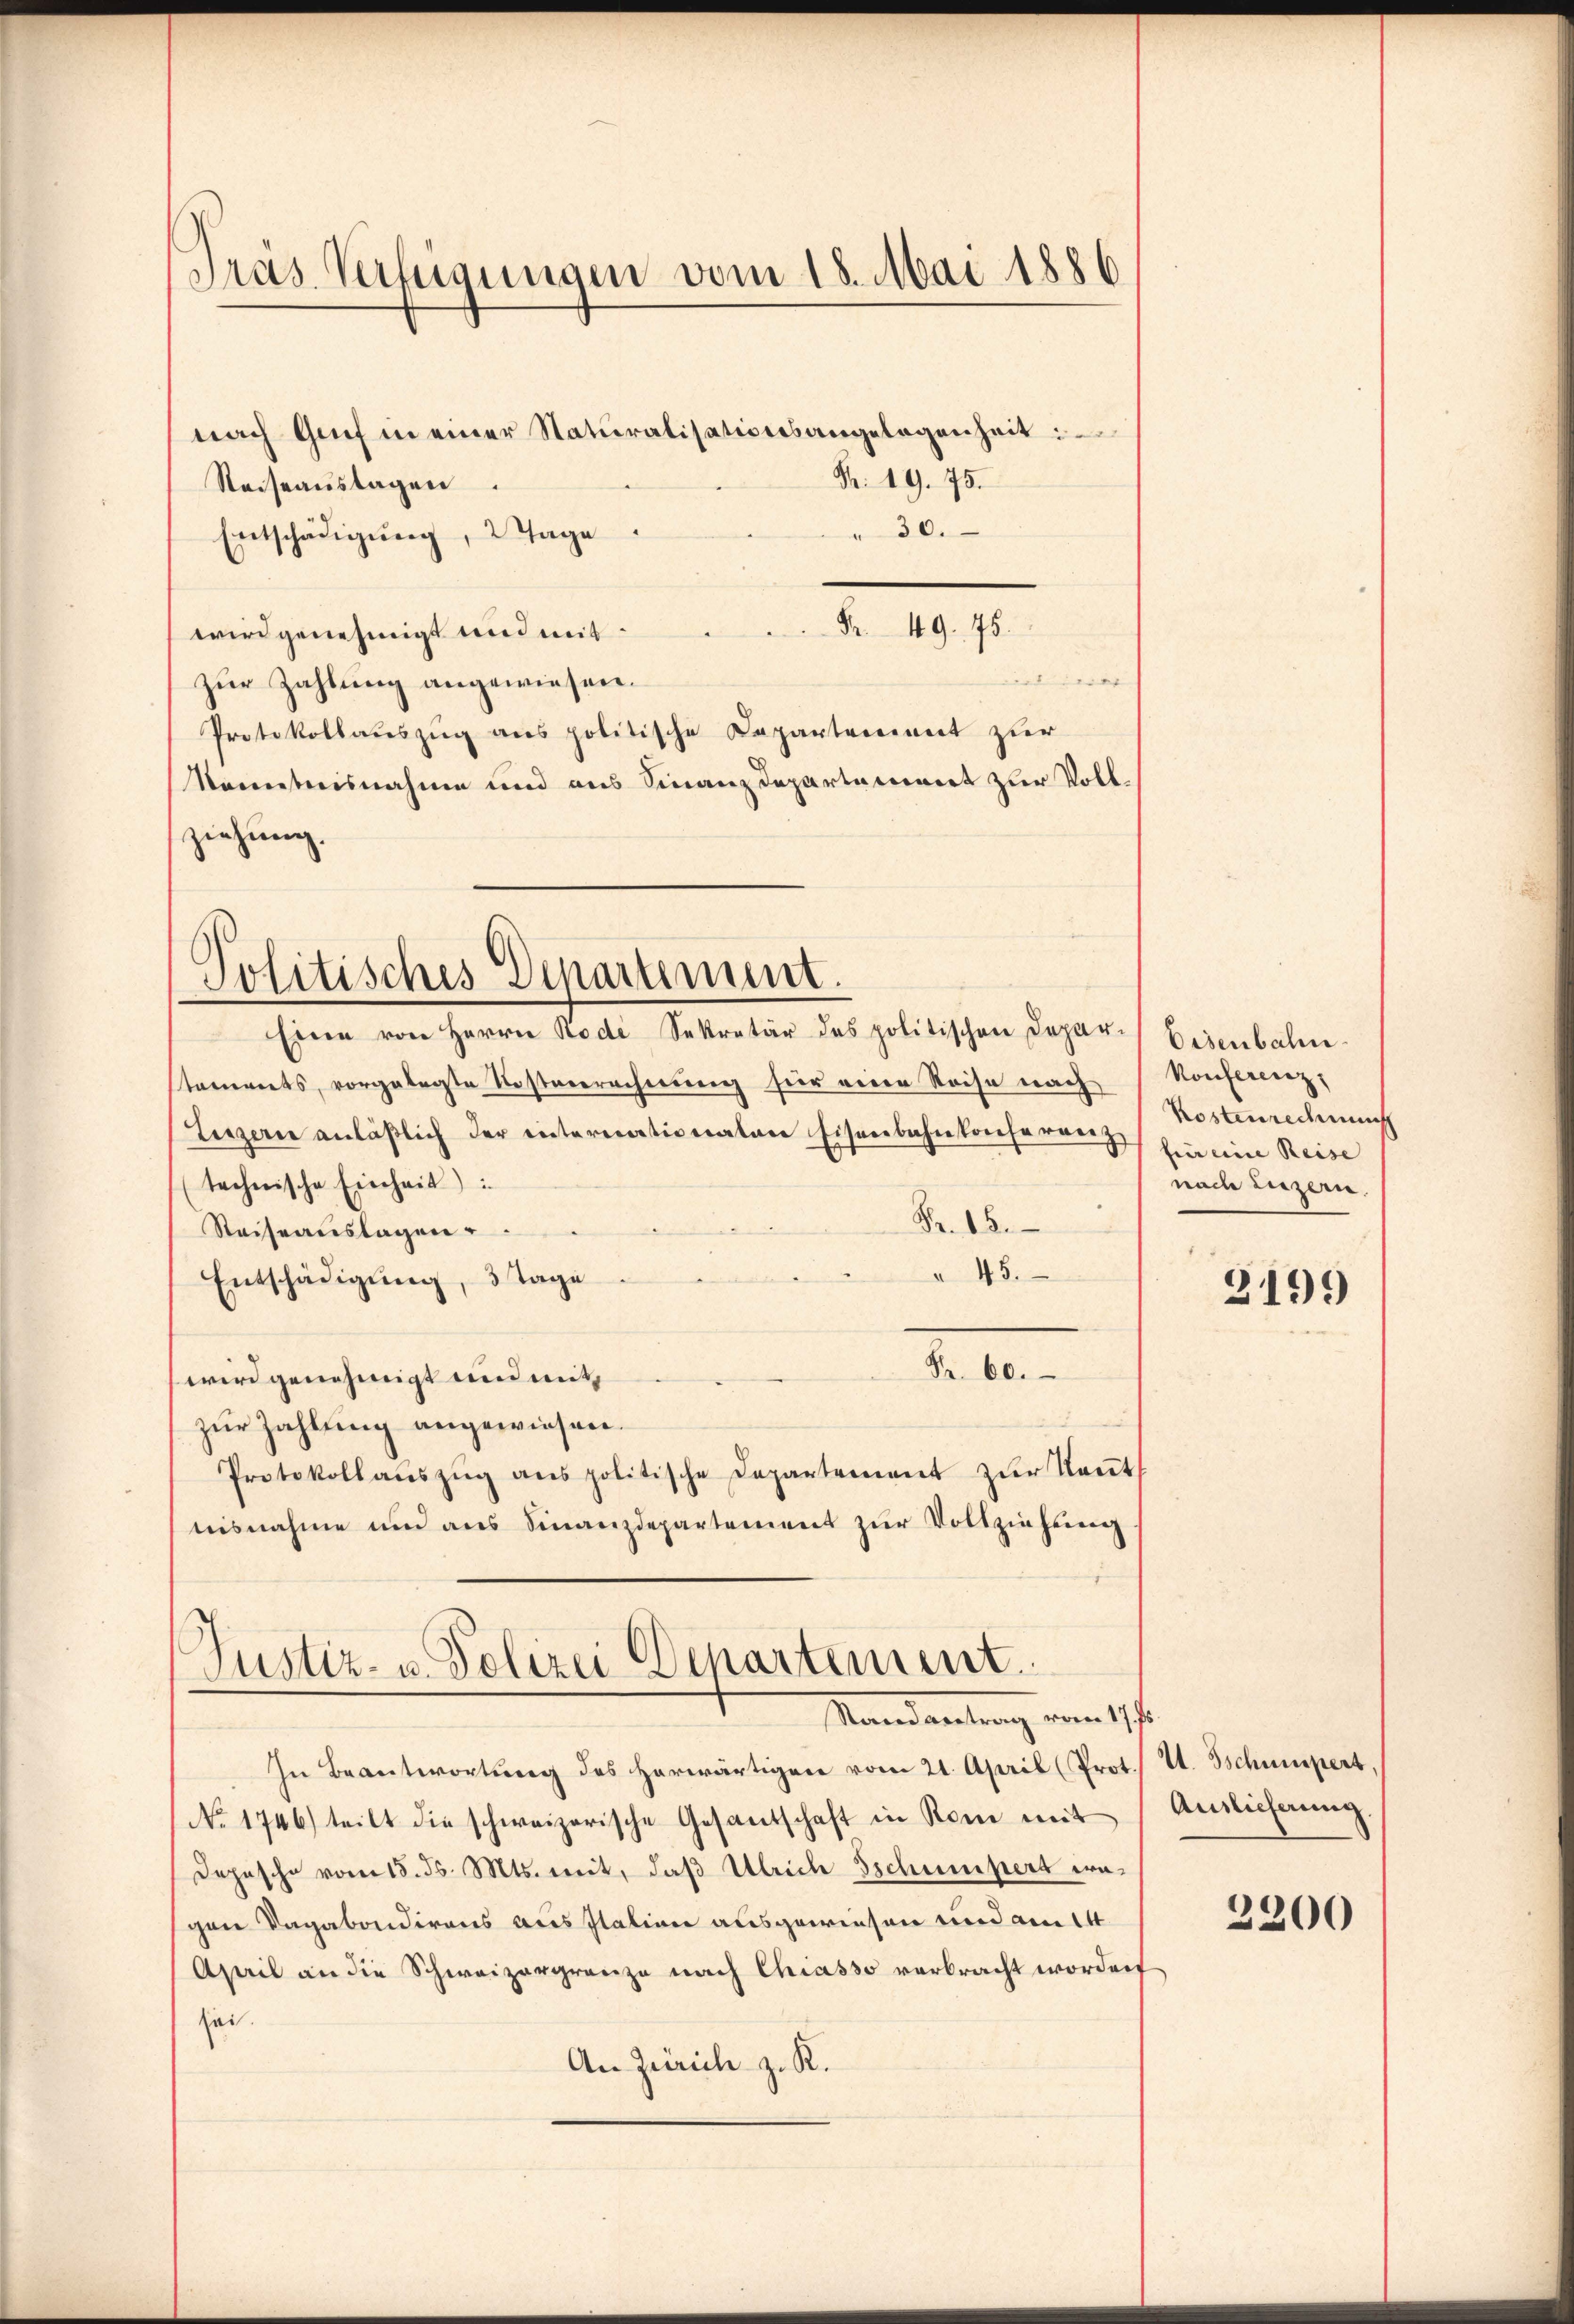
Präs. Verfügungen vom 18. Mai 1886

nach Genf in einer Naturalisationsangelegenheit
Reiseanstagen.
 30.
Entschädigŭng, 2 Tage
Fr. 49. 75.
wird genehmigt und mit
e
zur Zahlung angewiesen.
Protokollauszug aus politische Departement zur
Kenntnisnahme und aus Finanzdepartariennet zur Vollziehung.

taments, vorgelegte Kosterrechnung für einen Reise nach
Luzern anläßlich der internationalen Eisenbahnkonferenz ein ein Reise
technische Einheit:
Fr. 18.
Reiseauslagen.
45.
Entschädigung, 3 Tage
Fr. 60.
wird genehmigt und mit
zŭr Zahlung angewiesen.
Protokoll aŭszŭg ans politische Departement zŭr Keṅt
nisnahme und aus Finanzdepartement zur Vollziehung

Nr. 19. 75.

Politisches Departement.
Eine von Herrn Kodi Sekretär des politischen Depar- Eisenbahn-

Justiz- u. Polizei Departement
Mandantung vom 1ste

In Beantwortung des herwärtigen vom 21. April (Prot. I. Schumpert,
No. 1746) teilt die schweizerische Gesandschaft in Rom mit Auslicherung,
Depesche vom 18. d. Mts. weit, daß Ulriche Schumpert wagen Vagabondirens ausstation ausgewiesen und am 14.
April an die Schweizergrenze nach Chiasso verbracht worden
sei.
An Zürich z. K.

Konferenz,
Kostenrechnung
nach Luzern.

3199

2200